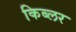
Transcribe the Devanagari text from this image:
किब्लर